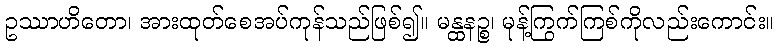
ဥဿာဟိတော၊ အားထုတ်စေအပ်ကုန်သည်ဖြစ်၍။ မန္ထနဉ္စ၊ မုန့်ကြွက်ကြစ်ကိုလည်းကောင်း။